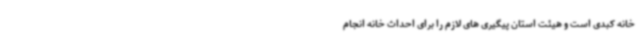
خانه کبدی است و هیئت استان پیگیری های لازم را برای احداث خانه انجام